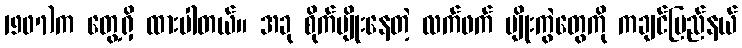
1907)က တွေ့ရှိ ထားပါတယ်။ အခု စိုက်ပျိုးနေတဲ့ လက်ဖက် မျိုးကွဲတွေကို ကချင်ပြည်နယ်